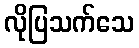
လိုပြသက်သေ